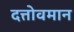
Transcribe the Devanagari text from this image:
दत्तोवमान